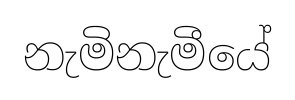
නැමිනැමීයේ